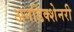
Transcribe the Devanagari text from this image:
अनडिक्शेनरी